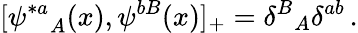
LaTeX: [{\psi^{*a}}_{A}(x),\psi^{bB}(x)]_{+}={\delta^{B}}_{A}\delta^{ab}\, .